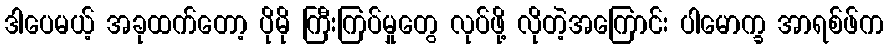
ဒါပေမယ့် အခုထက်တော့ ပိုမို ကြီးကြပ်မှုတွေ လုပ်ဖို့ လိုတဲ့အကြောင်း ပါမောက္ခ အာရစ်ဖ်က